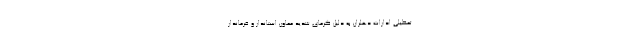
تعطیلی ادارات دهلران به دلیل گرمای شدید معاون استاندار و فرماندار